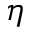
\eta